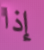
إذا